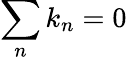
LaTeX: \sum_{n}k_{n}=0